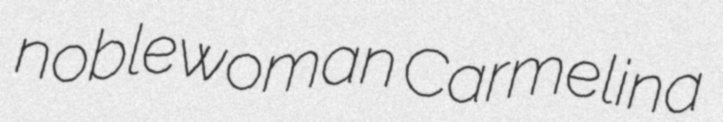
noblewoman Carmelina